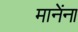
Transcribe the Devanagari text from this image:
मानेंना